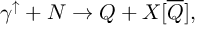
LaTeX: \gamma ^ { \uparrow } + N \rightarrow Q + X [ \overline { { { Q } } } ] ,